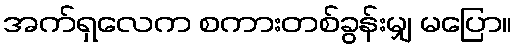
အက်ရှလေက စကားတစ်ခွန်းမျှ မပြော။